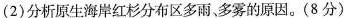
(2)分析原生海岸红杉分布区多雨、多雾的原因。(8分)